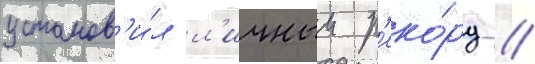
установ'и́л л'ичныи р'еко́рд /